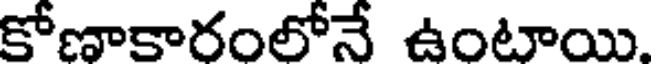
కోణాకారంలోనే ఉంటాయి.